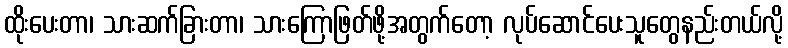
ထိုးပေးတာ၊ သားဆက်ခြားတာ၊ သားကြောဖြတ်ဖို့အတွက်တော့ လုပ်ဆောင်ပေးသူတွေနည်းတယ်လို့